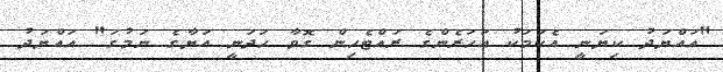
"އައްޔަދު ކިޔަނީ އެކަމަކު އަހަރެންގެ ރައްޓެހިން ގޮވާ ހަދަނީ އަޔާގެ ނަމުގަ" އައްޔަދު